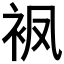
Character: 𧘺